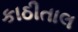
કાઠીતાલ